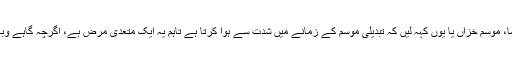
نزلہ و زکام عموماً موسم سرما، موسم خزاں یا یوں کہہ لیں کہ تبدیلی موسم کے زمانے میں شدت سے ہوا کرتا ہے تاہم یہ ایک متعدی مرض ہے، اگرچہ گاہے وبائی صورت اختیار کرلیتا ہے۔